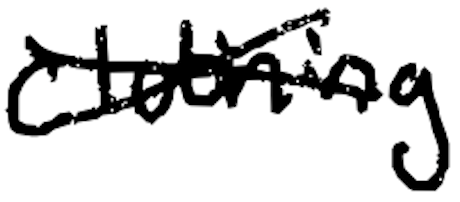
Text: clothing
Cross-out: cross
Writing tool: digital_black